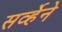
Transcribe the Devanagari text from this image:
सर्व्हेने